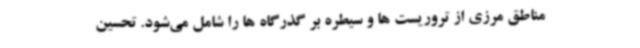
مناطق مرزی از تروریست ها و سیطره بر گذرگاه ها را شامل می‌شود. تحسین